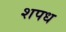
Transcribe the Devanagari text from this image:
शपध